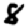
Digit: 8